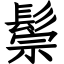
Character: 鬃